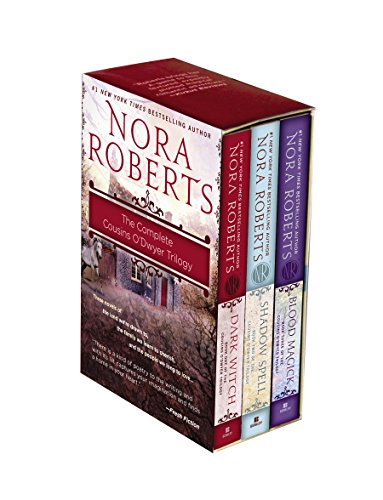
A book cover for Nora Roberts Cousins O'Dwyer Trilogy Boxed Set; Nora Roberts; Romance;